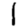
Digit: 1